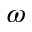
\omega